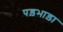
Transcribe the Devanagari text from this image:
पड़भाड़ा